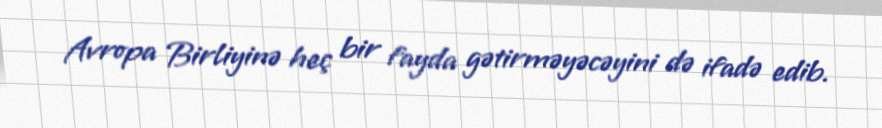
Avropa Birliyinə heç bir fayda gətirməyəcəyini də ifadə edib.